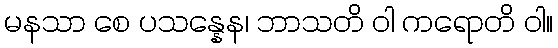
မနသာ စေ ပသန္နေန၊ ဘာသတိ ဝါ ကရောတိ ဝါ။